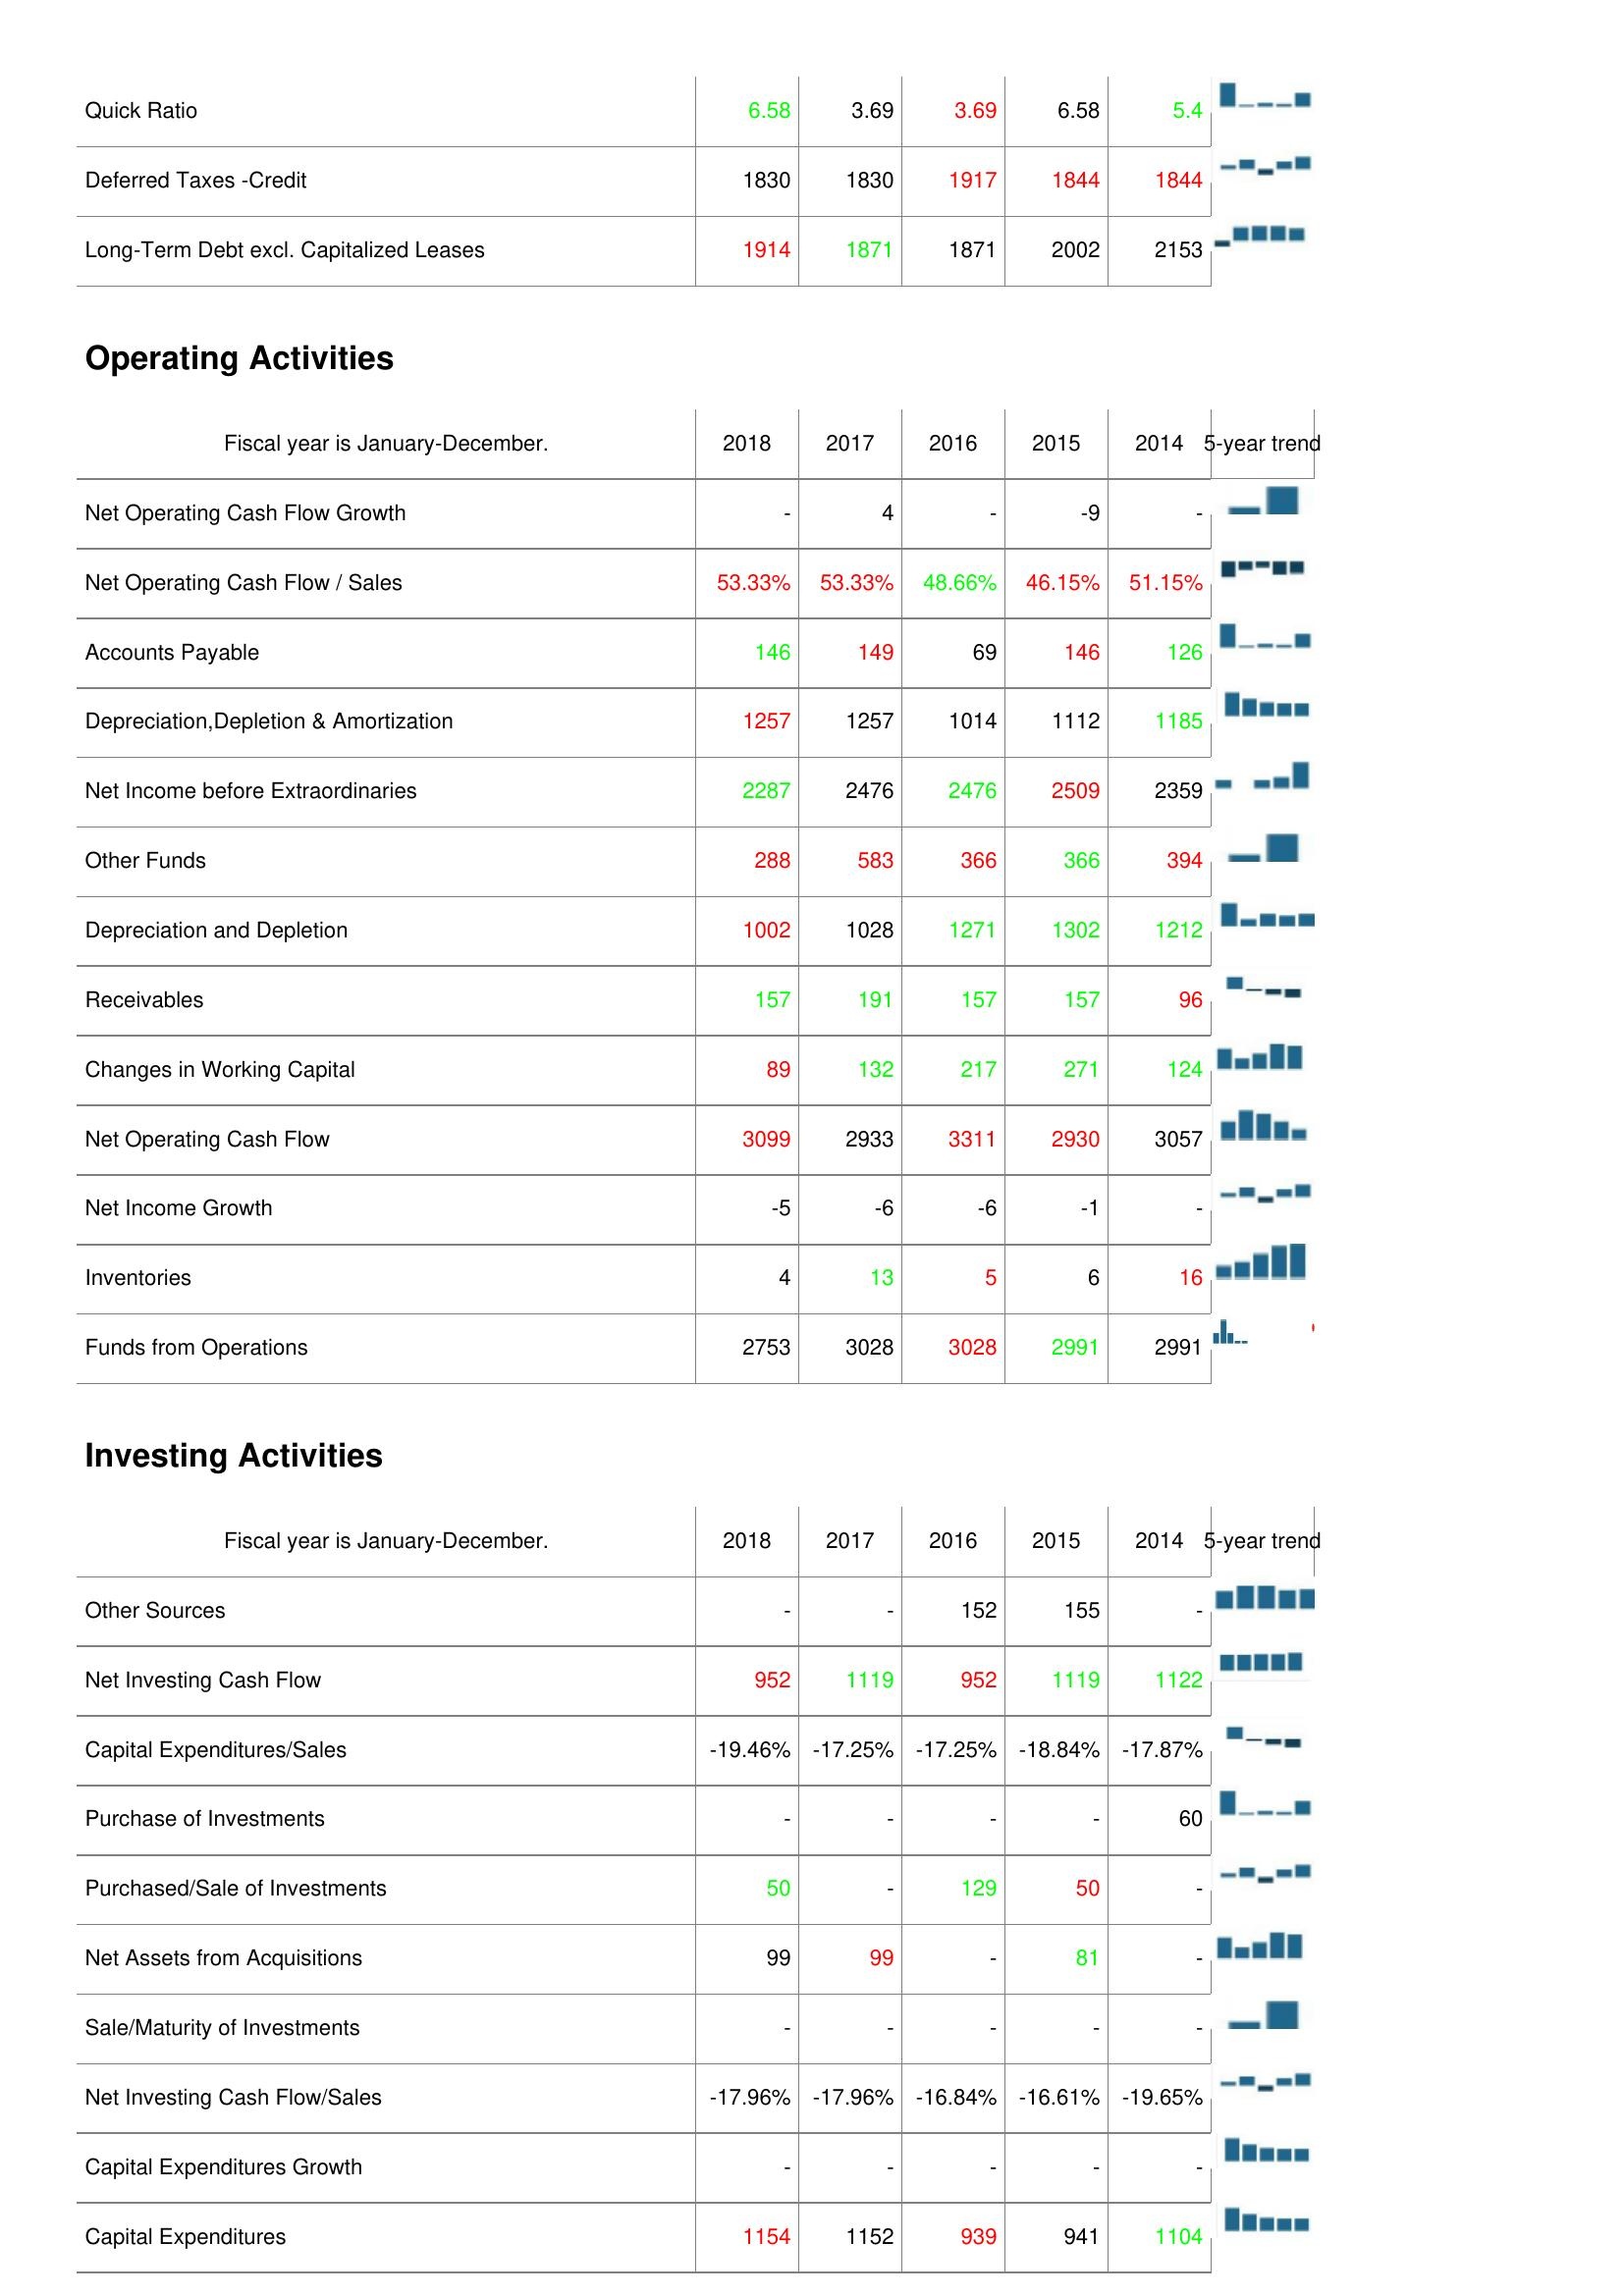
2018: Liabilities & Shareholder's Equity: Quick Ratio: 6.58
Deferred Taxes -Credit: 1830
Long-Term Debt excl. Capitalized Leases: 1914
Operating Activities: Net Operating Cash Flow Growth: -
Net Operating Cash Flow / Sales: 53.33%
Accounts Payable: 146
Depreciation,Depletion & Amortization: 1257
Net Income before Extraordinaries: 2287
Other Funds: 288
Depreciation and Depletion: 1002
Receivables: 157
Changes in Working Capital: 89
Net Operating Cash Flow: 3099
Net Income Growth: -5
Inventories: 4
Funds from Operations: 2753
Investing Activities: Other Sources: -
Net Investing Cash Flow: 952
Capital Expenditures/Sales: -19.46%
Purchase of Investments: -
Purchased/Sale of Investments: 50
Net Assets from Acquisitions: 99
Sale/Maturity of Investments: -
Net Investing Cash Flow/Sales: -17.96%
Capital Expenditures Growth: -
Capital Expenditures: 1154
2017: Liabilities & Shareholder's Equity: Quick Ratio: 3.69
Deferred Taxes -Credit: 1830
Long-Term Debt excl. Capitalized Leases: 1871
Operating Activities: Net Operating Cash Flow Growth: 4
Net Operating Cash Flow / Sales: 53.33%
Accounts Payable: 149
Depreciation,Depletion & Amortization: 1257
Net Income before Extraordinaries: 2476
Other Funds: 583
Depreciation and Depletion: 1028
Receivables: 191
Changes in Working Capital: 132
Net Operating Cash Flow: 2933
Net Income Growth: -6
Inventories: 13
Funds from Operations: 3028
Investing Activities: Other Sources: -
Net Investing Cash Flow: 1119
Capital Expenditures/Sales: -17.25%
Purchase of Investments: -
Purchased/Sale of Investments: -
Net Assets from Acquisitions: 99
Sale/Maturity of Investments: -
Net Investing Cash Flow/Sales: -17.96%
Capital Expenditures Growth: -
Capital Expenditures: 1152
2016: Liabilities & Shareholder's Equity: Quick Ratio: 3.69
Deferred Taxes -Credit: 1917
Long-Term Debt excl. Capitalized Leases: 1871
Operating Activities: Net Operating Cash Flow Growth: -
Net Operating Cash Flow / Sales: 48.66%
Accounts Payable: 69
Depreciation,Depletion & Amortization: 1014
Net Income before Extraordinaries: 2476
Other Funds: 366
Depreciation and Depletion: 1271
Receivables: 157
Changes in Working Capital: 217
Net Operating Cash Flow: 3311
Net Income Growth: -6
Inventories: 5
Funds from Operations: 3028
Investing Activities: Other Sources: 152
Net Investing Cash Flow: 952
Capital Expenditures/Sales: -17.25%
Purchase of Investments: -
Purchased/Sale of Investments: 129
Net Assets from Acquisitions: -
Sale/Maturity of Investments: -
Net Investing Cash Flow/Sales: -16.84%
Capital Expenditures Growth: -
Capital Expenditures: 939
2015: Liabilities & Shareholder's Equity: Quick Ratio: 6.58
Deferred Taxes -Credit: 1844
Long-Term Debt excl. Capitalized Leases: 2002
Operating Activities: Net Operating Cash Flow Growth: -9
Net Operating Cash Flow / Sales: 46.15%
Accounts Payable: 146
Depreciation,Depletion & Amortization: 1112
Net Income before Extraordinaries: 2509
Other Funds: 366
Depreciation and Depletion: 1302
Receivables: 157
Changes in Working Capital: 271
Net Operating Cash Flow: 2930
Net Income Growth: -1
Inventories: 6
Funds from Operations: 2991
Investing Activities: Other Sources: 155
Net Investing Cash Flow: 1119
Capital Expenditures/Sales: -18.84%
Purchase of Investments: -
Purchased/Sale of Investments: 50
Net Assets from Acquisitions: 81
Sale/Maturity of Investments: -
Net Investing Cash Flow/Sales: -16.61%
Capital Expenditures Growth: -
Capital Expenditures: 941
2014: Liabilities & Shareholder's Equity: Quick Ratio: 5.4
Deferred Taxes -Credit: 1844
Long-Term Debt excl. Capitalized Leases: 2153
Operating Activities: Net Operating Cash Flow Growth: -
Net Operating Cash Flow / Sales: 51.15%
Accounts Payable: 126
Depreciation,Depletion & Amortization: 1185
Net Income before Extraordinaries: 2359
Other Funds: 394
Depreciation and Depletion: 1212
Receivables: 96
Changes in Working Capital: 124
Net Operating Cash Flow: 3057
Net Income Growth: -
Inventories: 16
Funds from Operations: 2991
Investing Activities: Other Sources: -
Net Investing Cash Flow: 1122
Capital Expenditures/Sales: -17.87%
Purchase of Investments: 60
Purchased/Sale of Investments: -
Net Assets from Acquisitions: -
Sale/Maturity of Investments: -
Net Investing Cash Flow/Sales: -19.65%
Capital Expenditures Growth: -
Capital Expenditures: 1104